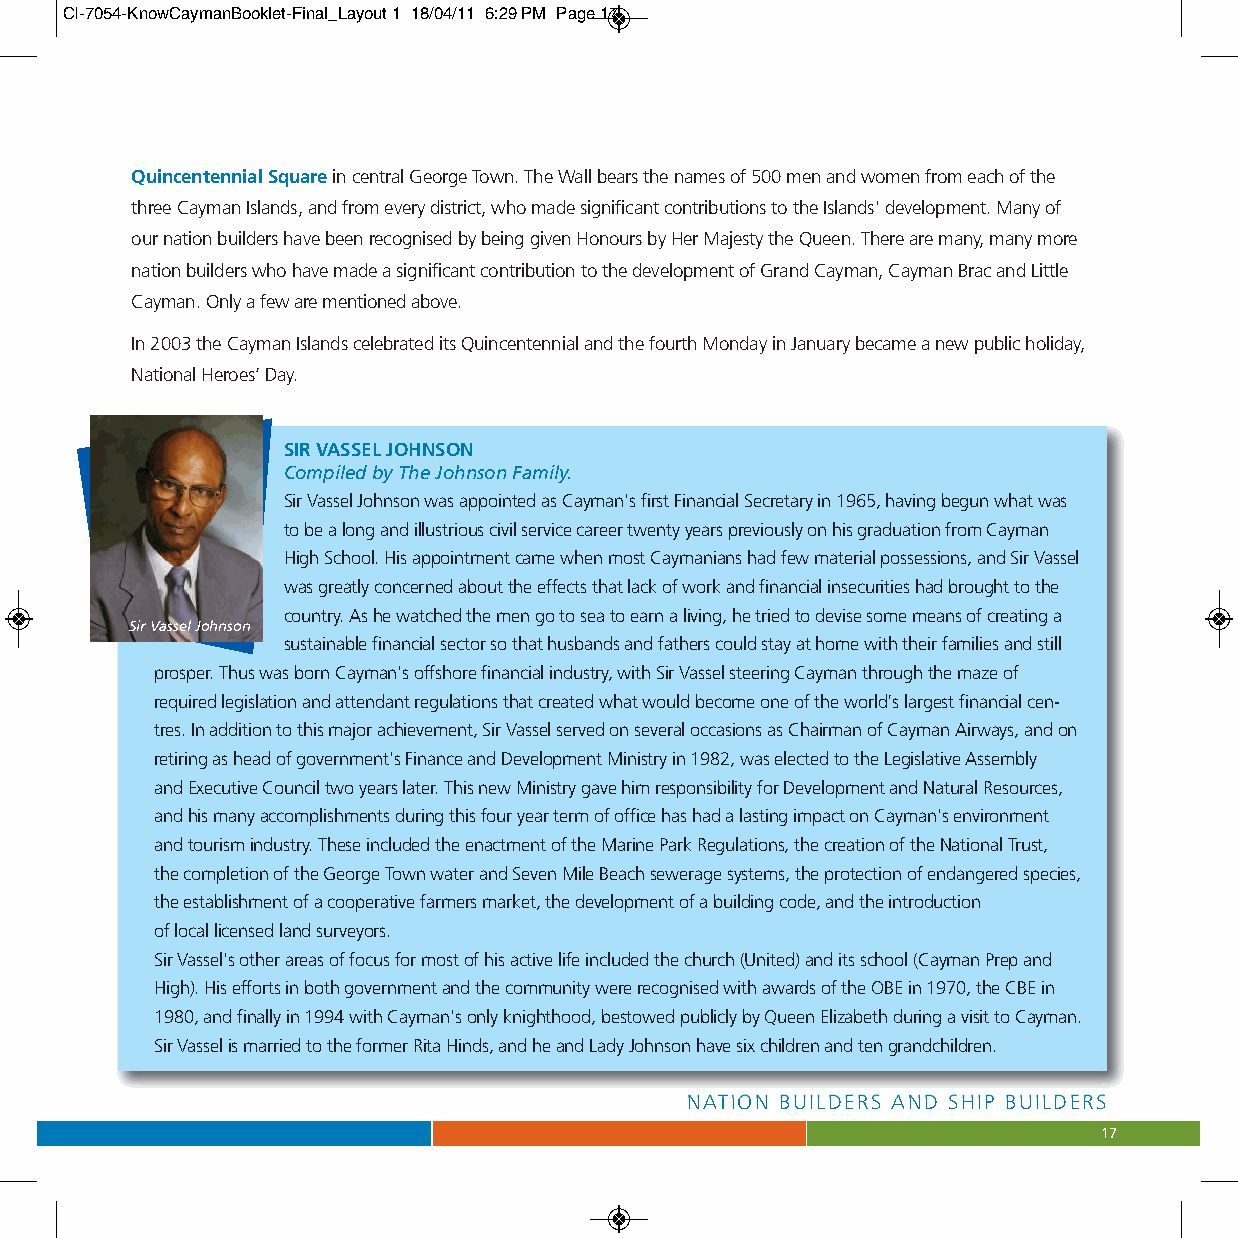
CI-7054-KnowCaymanBooklet-Final_Layout 1 18/04/11 6:29 PM Page 17
 Quincentennial Squarein central George Town. The Wall bears the names of 500 men and women from each of the
 three Cayman Islands, and from every district, who made significant contributions to the Islands' development. Many of
 our nation builders have been recognised by being given Honours by Her Majesty the Queen. There are many, many more
 nation builders who have made a significant contribution to the development of Grand Cayman, Cayman Brac and Little
 Cayman. Only a few are mentioned above.
 In 2003 the Cayman Islands celebrated its Quincentennial and the fourth Monday in January became a new public holiday,
 National Heroes’ Day.
 SIR VASSEL JOHNSON
 Compiled by The Johnson Family.
 Sir Vassel Johnson was appointed as Cayman's first Financial Secretary in 1965, having begun what was
 to be a long and illustrious civil service career twenty years previously on his graduation from Cayman
 High School. His appointment came when most Caymanians had few material possessions, and Sir Vassel
 was greatly concerned about the effects that lack of work and financial insecurities had brought to the
 country. As he watched the men go to sea to earn a living, he tried to devise some means of creating a
 Sir Vassel Johnson
 sustainable financial sector so that husbands and fathers could stay at home with their families and still
 prosper. Thus was born Cayman's offshore financial industry, with Sir Vassel steering Cayman through the maze of
 required legislation and attendant regulations that created what would become one of the world’s largest financial cen-
 tres. In addition to this major achievement, Sir Vassel served on several occasions as Chairman of Cayman Airways, and on
 retiring as head of government's Finance and Development Ministry in 1982, was elected to the Legislative Assembly
 and Executive Council two years later. This new Ministry gave him responsibility for Development and Natural Resources,
 and his many accomplishments during this four year term of office has had a lasting impact on Cayman's environment
 and tourism industry. These included the enactment of the Marine Park Regulations, the creation of the National Trust,
 the completion of the George Town water and Seven Mile Beach sewerage systems, the protection of endangered species,
 the establishment of a cooperative farmers market, the development of a building code, and the introduction
 of local licensed land surveyors.
 Sir Vassel's other areas of focus for most of his active life included the church (United) and its school (Cayman Prep and
 High). His efforts in both government and the community were recognised with awards of the OBE in 1970, the CBE in
 1980, and finally in 1994 with Cayman's only knighthood, bestowed publicly by Queen Elizabeth during a visit to Cayman.
 Sir Vassel is married to the former Rita Hinds, and he and Lady Johnson have six children and ten grandchildren.
 NATION BUILDERS AND SHIP BUILDERS
 17